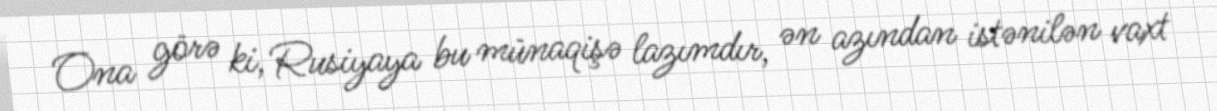
Ona görə ki, Rusiyaya bu münaqişə lazımdır, ən azından istənilən vaxt